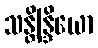
သန္တိန္ဒြိယော